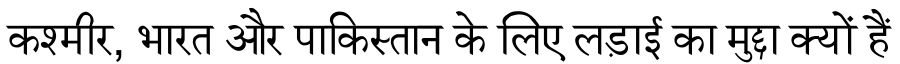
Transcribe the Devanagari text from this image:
कश्मीर, भारत और पाकिस्तान के लिए लड़ाई का मुद्दा क्यों हैं